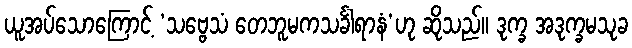
ယူအပ်သောကြောင့် ‘သဗ္ဗေသံ တေဘူမကသင်္ခါရာနံ’ဟု ဆိုသည်။ ဒုက္ခ အဒုက္ခမသုခ